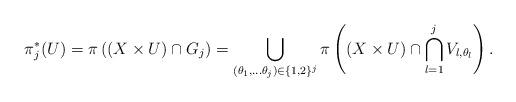
LaTeX: \begin{align*}\pi_j^*(U)=\pi\left((X\times{U})\cap{G_j}\right)=\bigcup_{(\theta_1,...\theta_j) \in \{1,2\}^j}\pi\left((X\times{U})\cap\bigcap_{l=1}^{j}V_{l,\theta_l}\right).\end{align*}